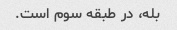
بله، در طبقه سوم است.